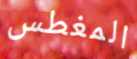
المغطس